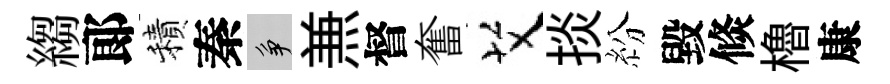
縐郞積秦争𠔥督奮艾掞紛毀倐櫓康